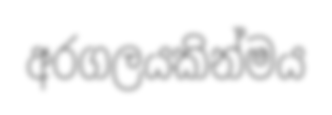
අරගලයකින්මය